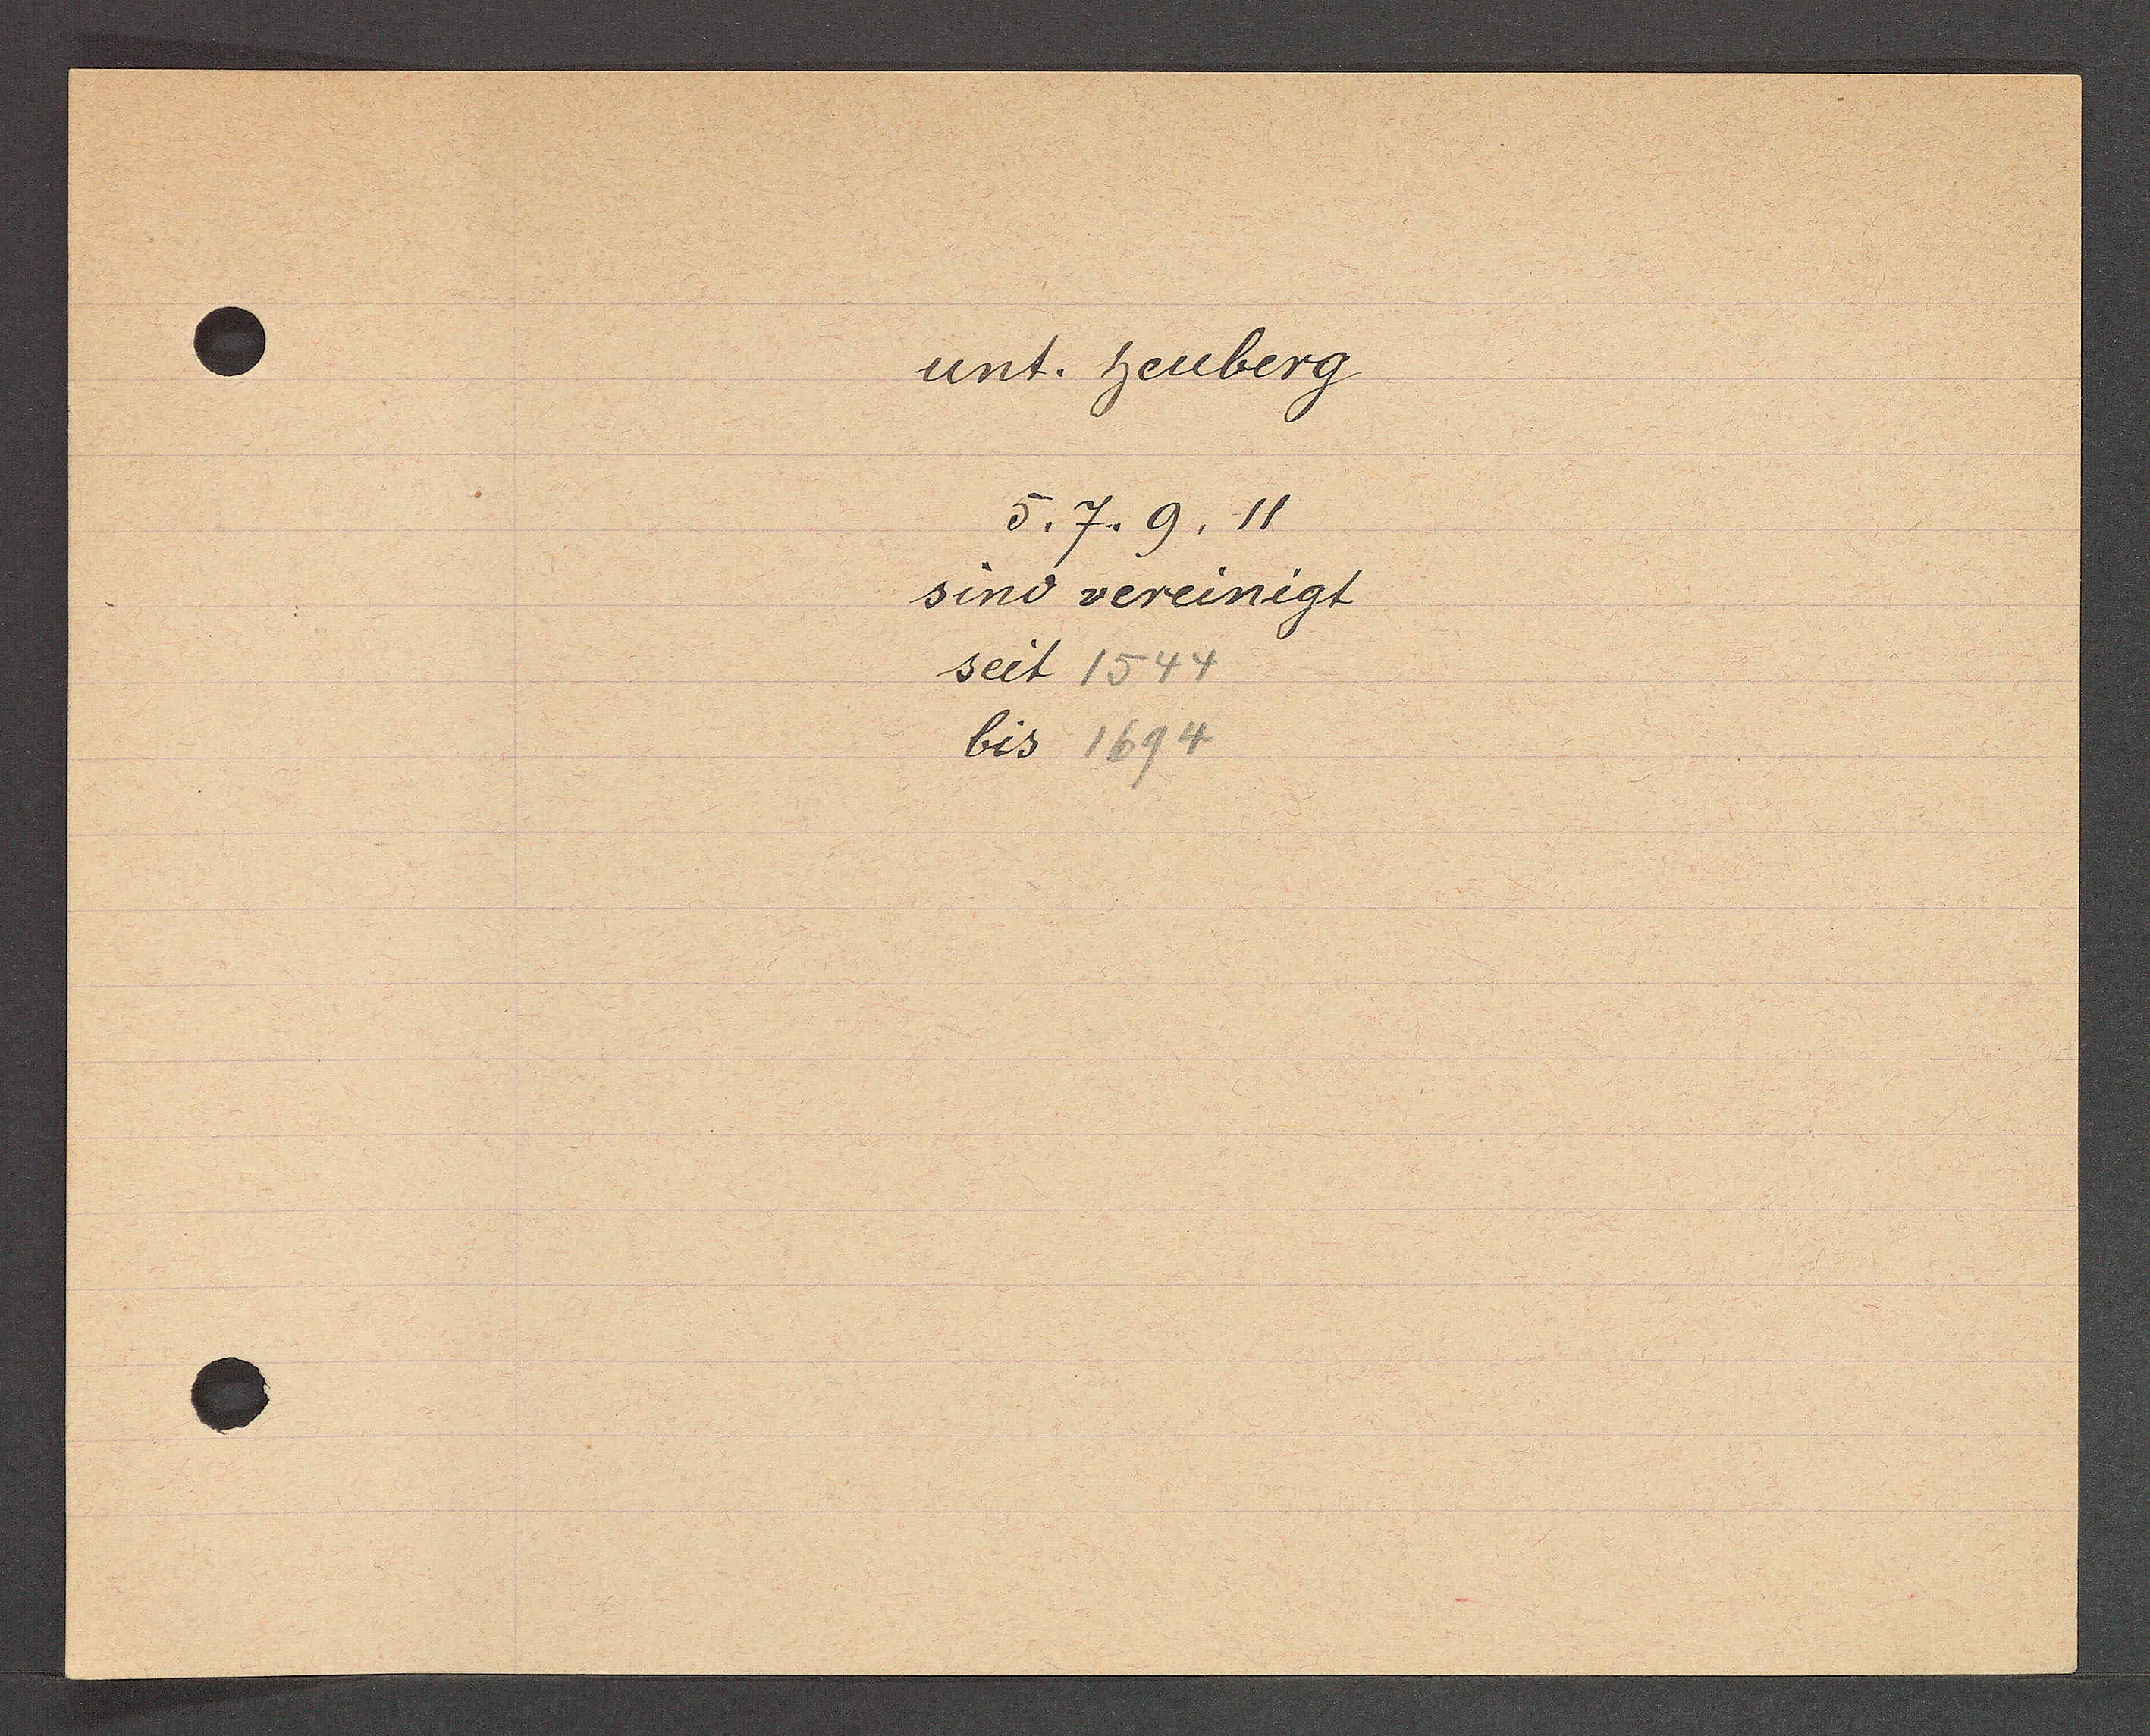
Transcript:
unt. heuberg
5, 7, 9, 11
sind vereinigt
seit 1544
bis 1694